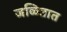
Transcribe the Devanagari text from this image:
जळितात